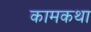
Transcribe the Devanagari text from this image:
कामकथा